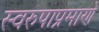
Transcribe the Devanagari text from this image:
स्वरुपाप्रमाणे